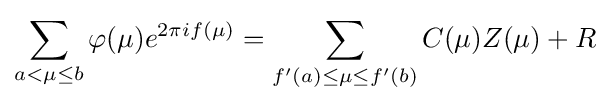
\sum _{a<\mu \leq b}\varphi (\mu )e^{2\pi if(\mu )}=\sum _{f'(a)\leq \mu \leq f'(b)}C(\mu )Z(\mu )+R